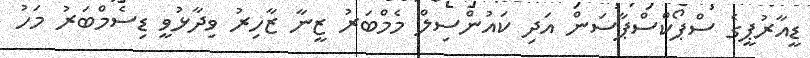
ޑީއާރުޕީގެ ސްޕޯކްސްޕާސަން އަދި ކައުންސިލް މެމްބަރު ޒީނާ ޒާހިރު ވިދާޅުވީ ޑިސެމްބަރު މަހު